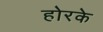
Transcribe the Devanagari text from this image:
होरके